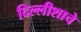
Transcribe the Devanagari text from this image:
दिल्लीशाचे